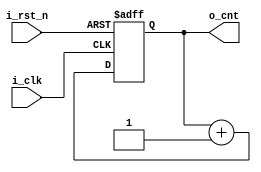
`timescale 1ns / 1ps
//////////////////////////////////////////////////////////////////////////////////
// Company: 
// Engineer: 
// 
// Design Name: 
// Module Name: Counter_M
// Project Name: 
// Target Devices: 
// Tool Versions: 
// Description: 
// 
// Dependencies: 
// 
// Revision:
// Revision 0.01 - File Created
// Additional Comments:
// 
//////////////////////////////////////////////////////////////////////////////////

`define N_COUNT_WIDTH 3
module Counter_M(
input i_clk , 
input i_rst_n , 
output [`N_COUNT_WIDTH-1:0] o_cnt
    );
    reg [`N_COUNT_WIDTH-1:0] o_counter ;
    
    
    always @(posedge i_clk or negedge i_rst_n)
        begin
          if (~i_rst_n)
             begin
                o_counter <= 0;
                 end
              else
                   begin
           o_counter <= o_counter + 1'b1 ;
        end  
      end                   
                
   assign o_cnt = o_counter ;              
endmodule